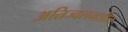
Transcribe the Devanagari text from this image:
अतिज्वलनशील